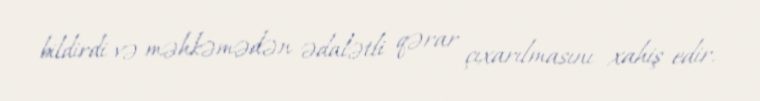
bildirdi və məhkəmədən ədalətli qərar çıxarılmasını xahiş edir.